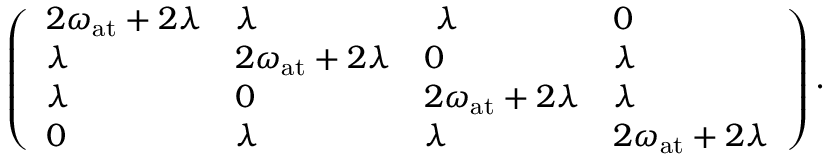
\left( \begin{array} { l l l l } { 2 \omega _ { \mathrm { a t } } + 2 \lambda } & { \lambda } & { ~ \lambda } & { 0 } \\ { \lambda } & { 2 \omega _ { \mathrm { a t } } + 2 \lambda } & { 0 } & { \lambda } \\ { \lambda } & { 0 } & { 2 \omega _ { \mathrm { a t } } + 2 \lambda } & { \lambda } \\ { 0 } & { \lambda } & { \lambda } & { 2 \omega _ { \mathrm { a t } } + 2 \lambda } \end{array} \right) .